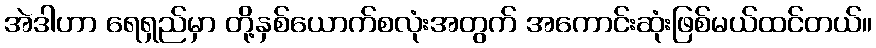
အဲဒါဟာ ရေရှည်မှာ တို့နှစ်ယောက်စလုံးအတွက် အကောင်းဆုံးဖြစ်မယ်ထင်တယ်။